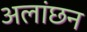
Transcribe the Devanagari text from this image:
अलांछन